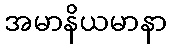
အမာနိယမာနာ